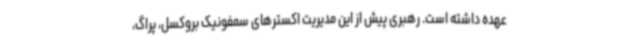
عهده داشته است. رهبری پیش از این مدیریت اکسترهای سمفونیک بروکسل، پراگ،